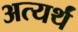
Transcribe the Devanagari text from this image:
अत्यर्थं